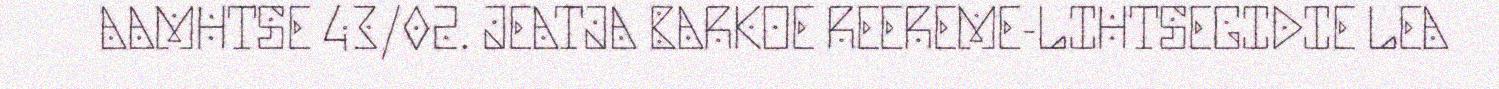
AAMHTSE 43/02. JEATJA BARKOE REEREME-LIHTSEGIDIE LEA